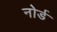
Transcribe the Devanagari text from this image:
नोर्ड